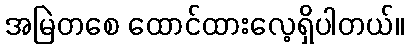
အမြဲတစေ ထောင်ထားလေ့ရှိပါတယ်။